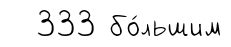
333 бо́льшим